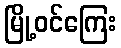
မြို့ဝင်ကြေး